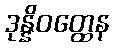
ဒုန္နိဝတ္ထေန